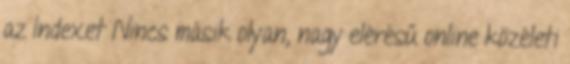
az Indexet Nincs másik olyan, nagy elérésű online közéleti